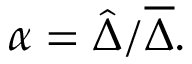
\alpha = { \hat { \Delta } } / { \overline { { \Delta } } } .